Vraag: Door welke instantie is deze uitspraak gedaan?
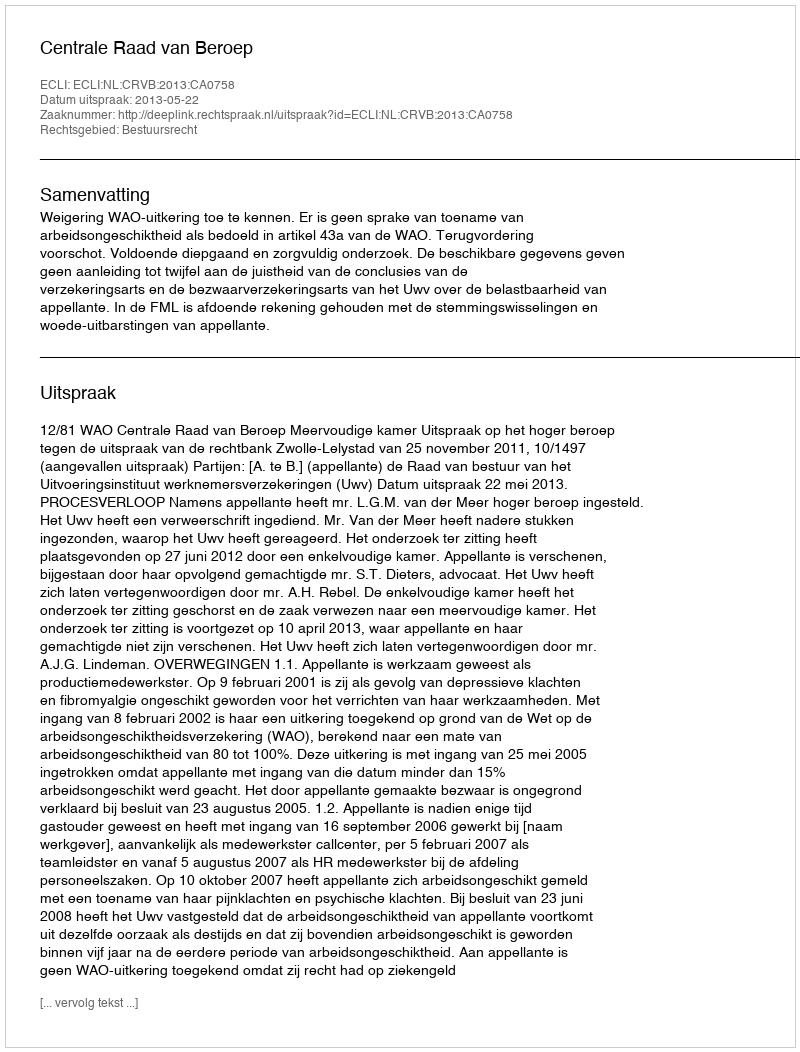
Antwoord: Centrale Raad van Beroep